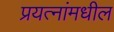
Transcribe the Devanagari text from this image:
प्रयत्‍नांमधील